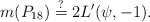
\begin{align*}m(P_{18}) \stackrel{?}{=} 2 L'(\psi,-1).\end{align*}